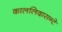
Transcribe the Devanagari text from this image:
काललिदासन्टे